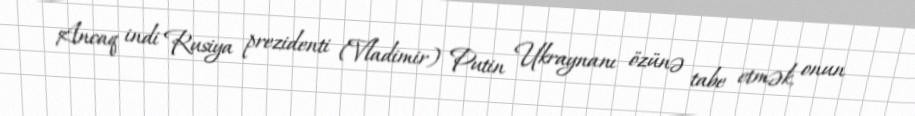
Ancaq indi Rusiya prezidenti (Vladimir) Putin Ukraynanı özünə tabe etmək, onun